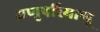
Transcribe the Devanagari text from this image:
अणुपरिमाणू